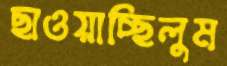
ছাওয়াচ্ছিলুম